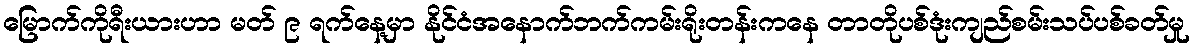
မြောက်ကိုရီးယားဟာ မတ် ၉ ရက်နေ့မှာ နိုင်ငံအနောက်ဘက်ကမ်းရိုးတန်းကနေ တာတိုပစ်ဒုံးကျည်စမ်းသပ်ပစ်ခတ်မှု